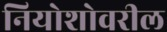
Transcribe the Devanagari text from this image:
नियोशोवरील